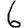
Digit: 6